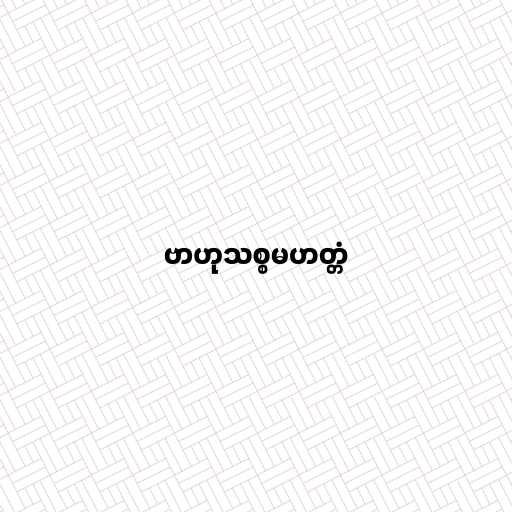
ဗာဟုသစ္စမဟတ္တံ